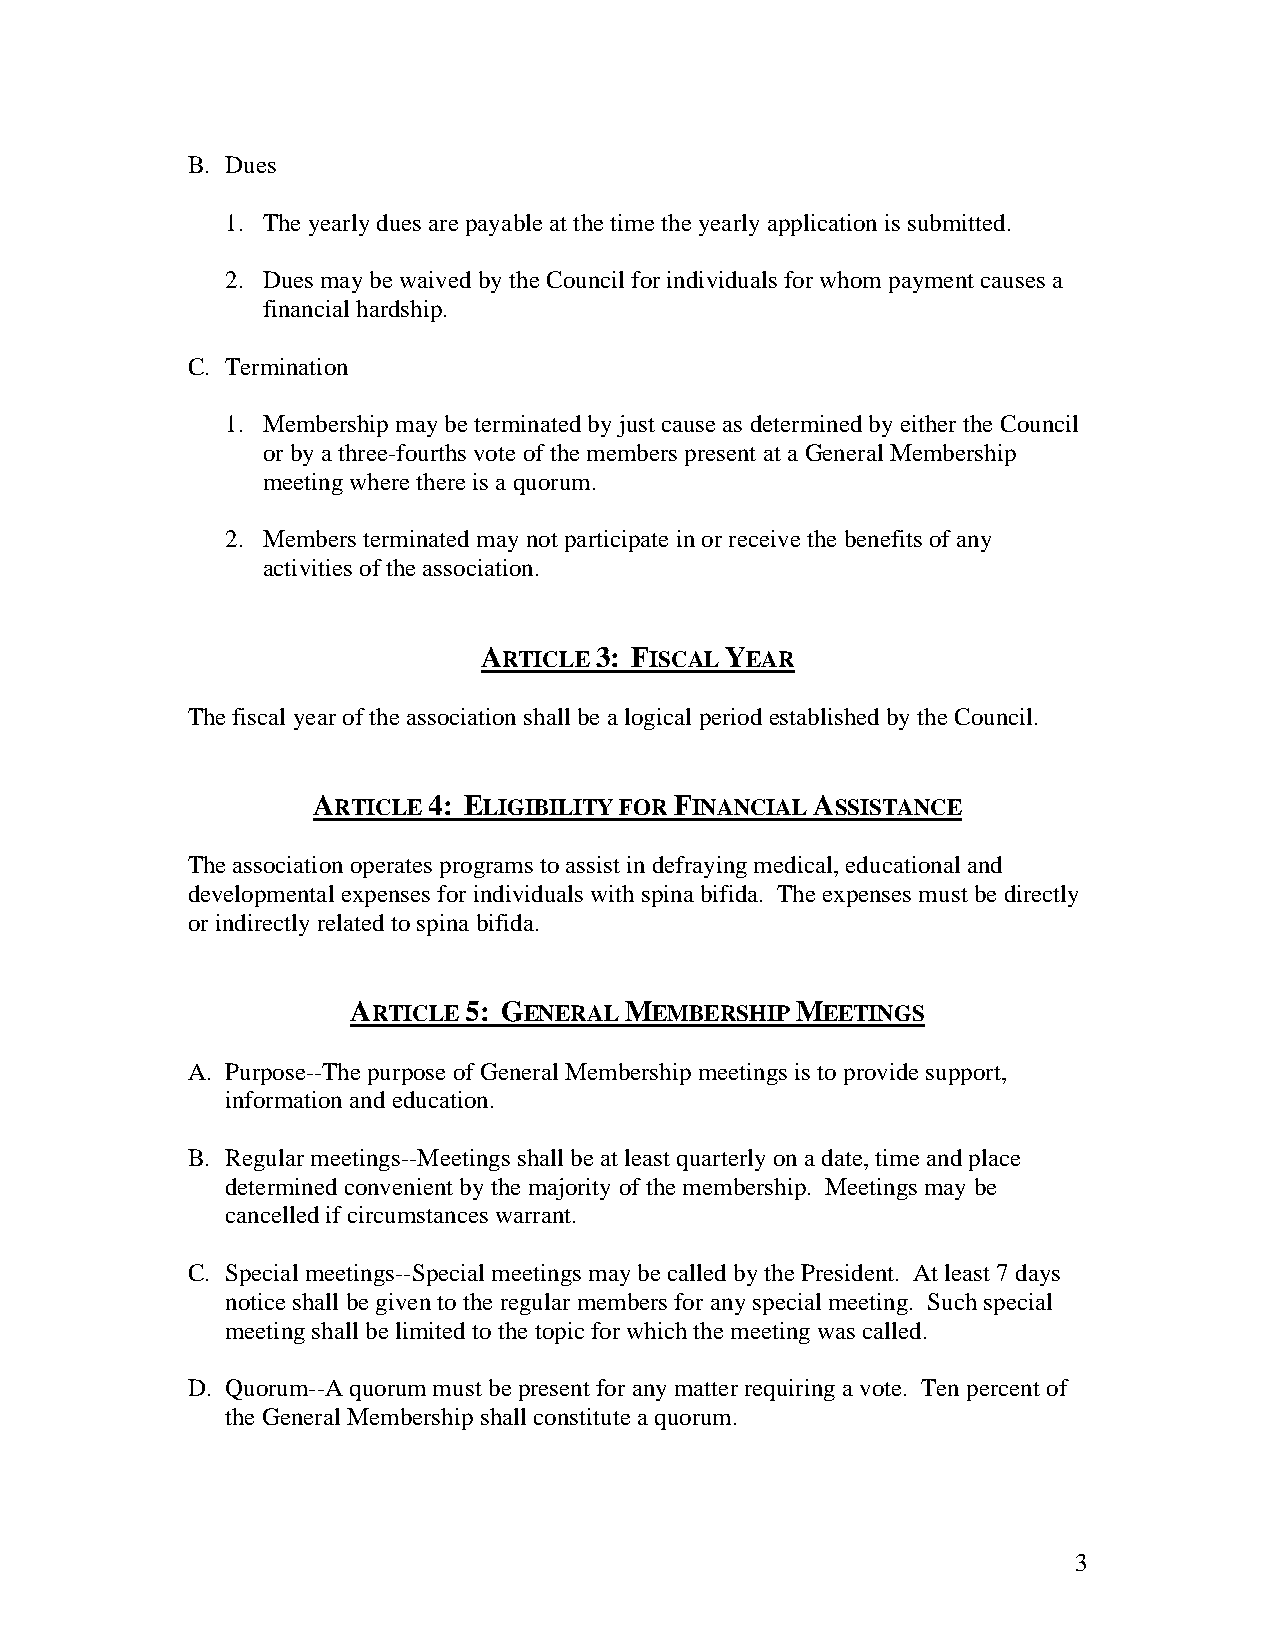
B. Dues
 1. The yearly dues are payable at the time the yearly application is submitted.
 2. Dues may be waived by the Council for individuals for whom payment causes a
 financial hardship.
 C. Termination
 1. Membership may be terminated by just cause as determined by either the Council
 or by a three-fourths vote of the members present at a General Membership
 meeting where there is a quorum.
 2. Members terminated may not participate in or receive the benefits of any
 activities of the association.
 ARTICLE 3: FISCAL YEAR
 The fiscal year of the association shall be a logical period established by the Council.
 ARTICLE 4: ELIGIBILITY FOR FINANCIAL ASSISTANCE
 The association operates programs to assist in defraying medical, educational and
 developmental expenses for individuals with spina bifida. The expenses must be directly
 or indirectly related to spina bifida.
 ARTICLE 5: GENERAL MEMBERSHIP MEETINGS
 A. Purpose--The purpose of General Membership meetings is to provide support,
 information and education.
 B. Regular meetings--Meetings shall be at least quarterly on a date, time and place
 determined convenient by the majority of the membership. Meetings may be
 cancelled if circumstances warrant.
 C. Special meetings--Special meetings may be called by the President. At least 7 days
 notice shall be given to the regular members for any special meeting. Such special
 meeting shall be limited to the topic for which the meeting was called.
 D. Quorum--A quorum must be present for any matter requiring a vote. Ten percent of
 the General Membership shall constitute a quorum.
 3